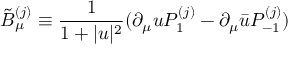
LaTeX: \tilde { B } _ { \mu } ^ { ( j ) } \equiv \frac { 1 } { 1 + | u | ^ { 2 } } ( \partial _ { \mu } u P _ { 1 } ^ { ( j ) } - \partial _ { \mu } \bar { u } P _ { - 1 } ^ { ( j ) } )